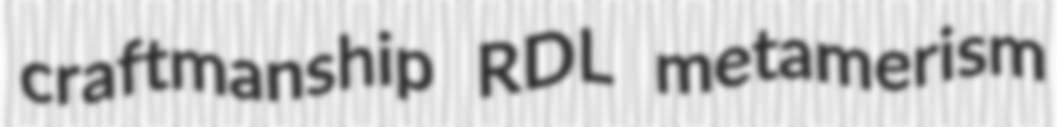
craftmanship RDL metamerism